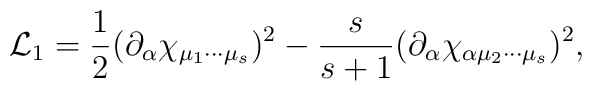
{\cal L}_{1}=\frac{1}{2}(\partial _{\alpha }\chi _{\mu _{1}\cdots \mu_{s}})^{2}-\frac{s}{s+1}(\partial _{\alpha }\chi _{\alpha \mu _{2}\cdots \mu_{s}})^{2},